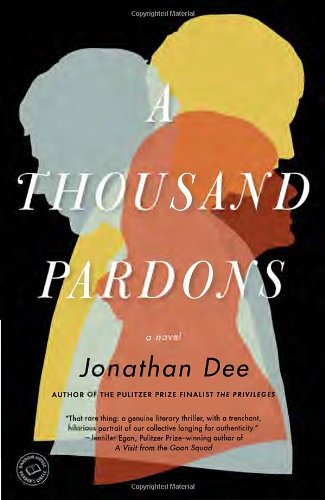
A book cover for A Thousand Pardons: A Novel; Jonathan Dee; Literature & Fiction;